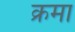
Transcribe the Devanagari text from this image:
क्रमा